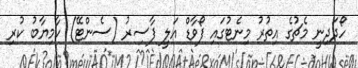
ހޯދަދިނީ މެޗުގެ އިތުރު މިނެޓުގައި ފޯވާޑް އަލީ ފާސިރު (ސެންޓޭ) ކާމިޔާބު ކުރި